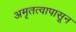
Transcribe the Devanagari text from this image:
अमृतत्वापासून